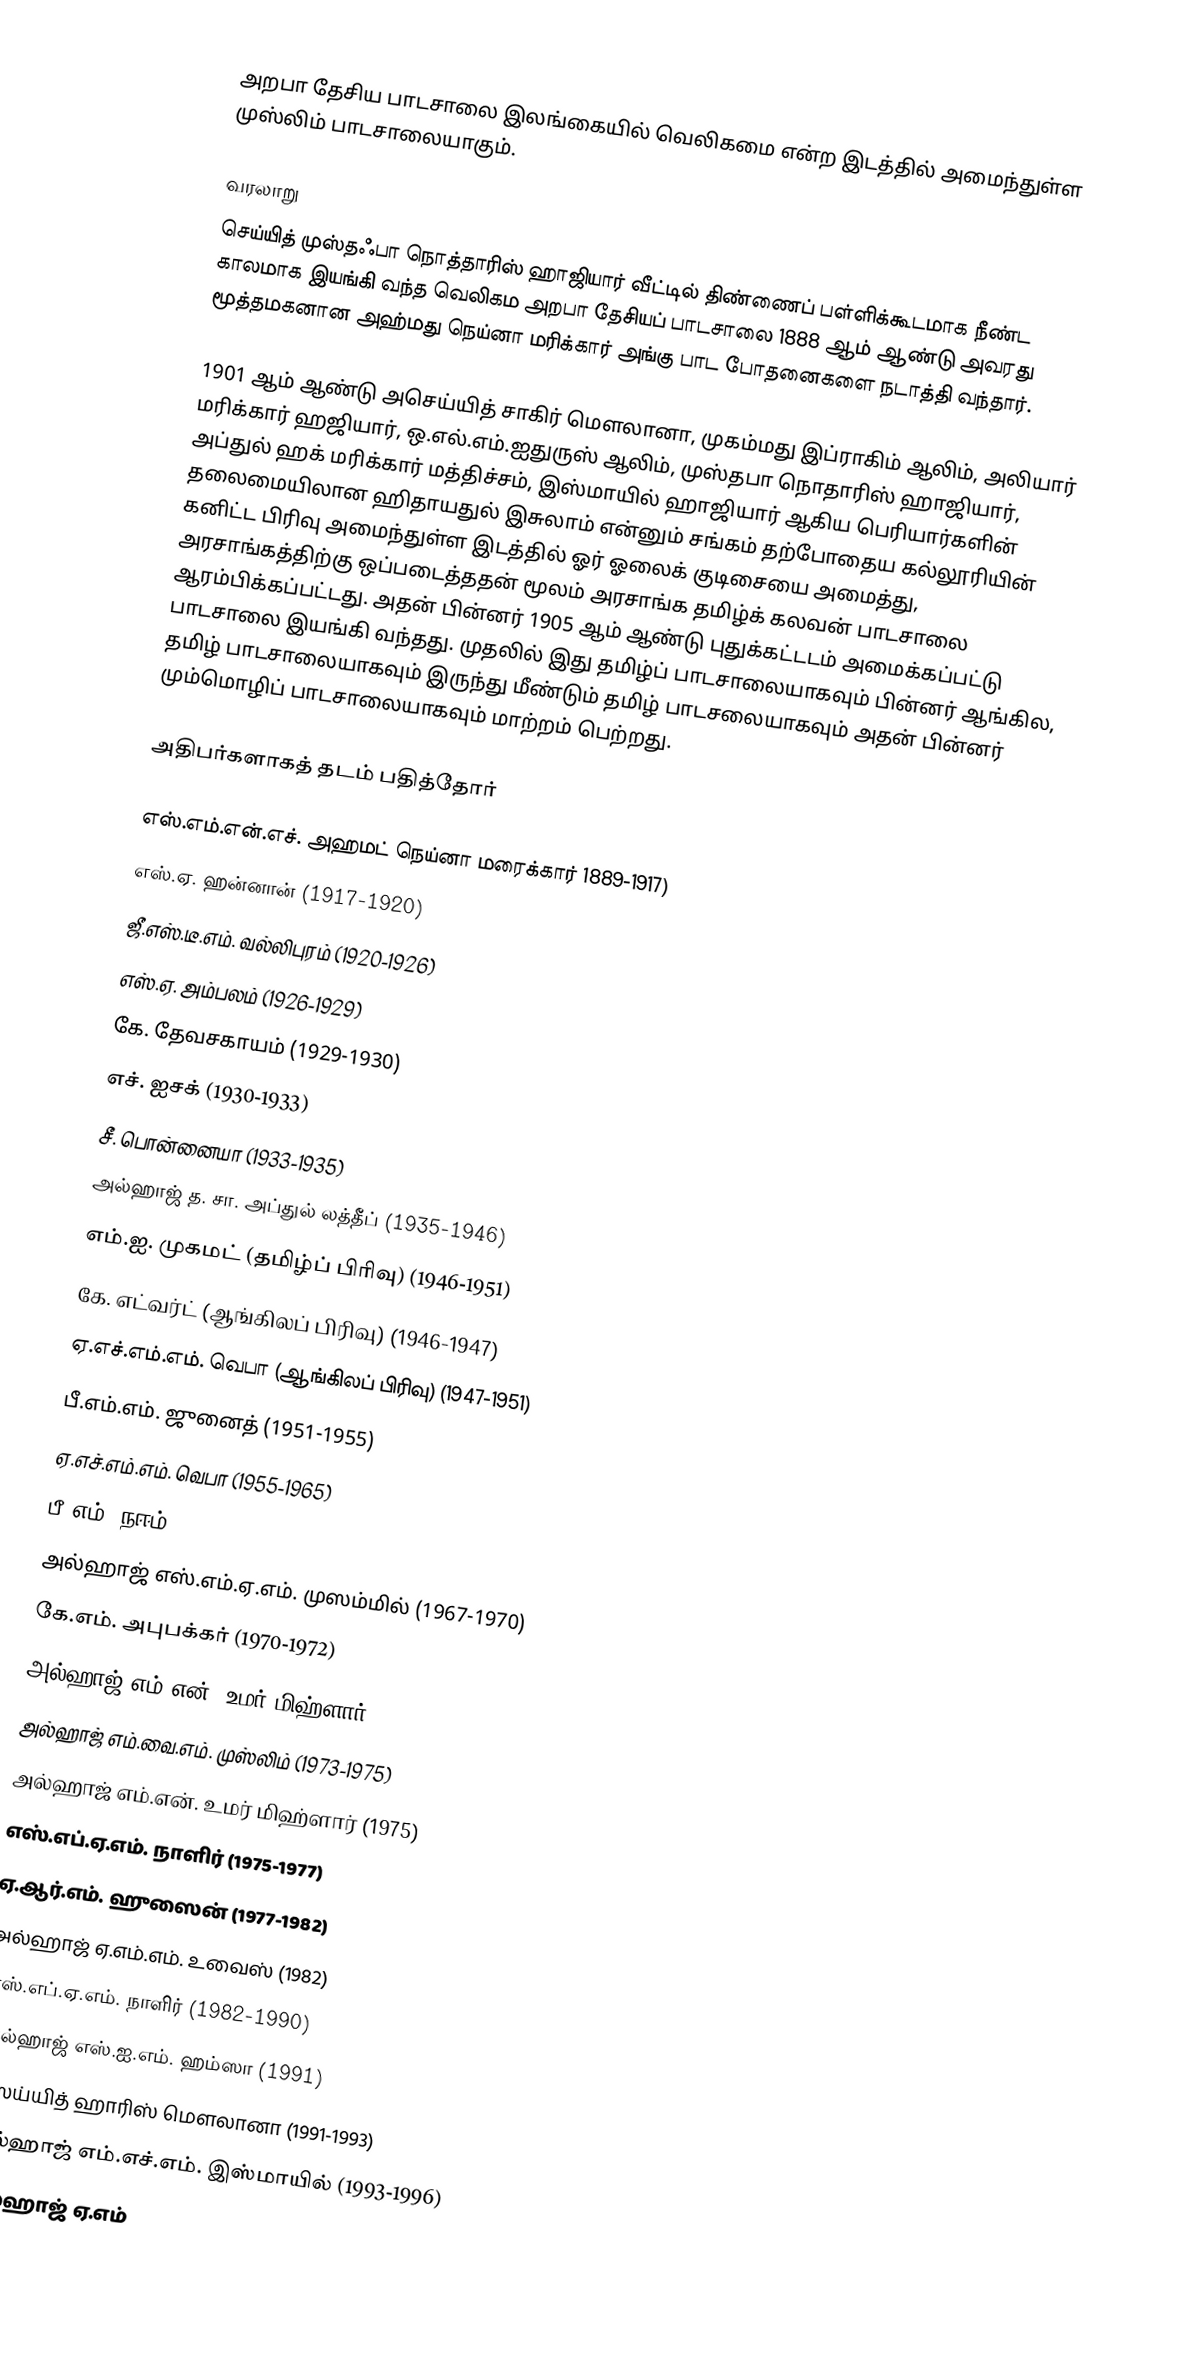
அறபா தேசிய பாடசாலை இலங்கையில் வெலிகமை என்ற இடத்தில் அமைந்துள்ள முஸ்லிம் பாடசாலையாகும்.

வரலாறு
செய்யித் முஸ்தஃபா நொத்தாரிஸ் ஹாஜியார் வீட்டில் திண்ணைப் பள்ளிக்கூடமாக நீண்ட காலமாக இயங்கி வந்த வெலிகம அறபா தேசியப் பாடசாலை 1888 ஆம் ஆண்டு அவரது மூத்தமகனான அஹ்மது நெய்னா மரிக்கார் அங்கு பாட போதனைகளை நடாத்தி வந்தார்.

1901 ஆம் ஆண்டு அசெய்யித் சாகிர் மௌலானா, முகம்மது இப்ராகிம் ஆலிம், அலியார் மரிக்கார் ஹஜியார், ஒ.எல்.எம்.ஐதுருஸ் ஆலிம், முஸ்தபா நொதாரிஸ் ஹாஜியார், அப்துல் ஹக் மரிக்கார் மத்திச்சம், இஸ்மாயில் ஹாஜியார் ஆகிய பெரியார்களின் தலைமையிலான ஹிதாயதுல் இசுலாம் என்னும் சங்கம் தற்போதைய கல்லூரியின்  கனிட்ட பிரிவு அமைந்துள்ள இடத்தில் ஓர் ஓலைக் குடிசையை அமைத்து, அரசாங்கத்திற்கு ஒப்படைத்ததன் மூலம் அரசாங்க தமிழ்க் கலவன் பாடசாலை ஆரம்பிக்கப்பட்டது. அதன் பின்னர் 1905 ஆம் ஆண்டு புதுக்கட்டடம் அமைக்கப்பட்டு பாடசாலை இயங்கி வந்தது. முதலில் இது தமிழ்ப் பாடசாலையாகவும் பின்னர் ஆங்கில, தமிழ் பாடசாலையாகவும் இருந்து மீண்டும் தமிழ் பாடசலையாகவும் அதன் பின்னர் மும்மொழிப் பாடசாலையாகவும் மாற்றம் பெற்றது.

அதிபர்களாகத் தடம் பதித்தோர்

 எஸ்.எம்.என்.எச். அஹமட் நெய்னா மரைக்கார் 1889-1917)
 எஸ்.ஏ. ஹன்னான் (1917-1920)
 ஜீ.எஸ்.டீ.எம். வல்லிபுரம் (1920-1926)
 எஸ்.ஏ. அம்பலம் (1926-1929)
 கே. தேவசகாயம் (1929-1930)
 எச். ஐசக் (1930-1933)
 சீ. பொன்னையா (1933-1935)
 அல்ஹாஜ் த. சா. அப்துல் லத்தீப் (1935-1946)
 எம்.ஐ. முகமட் (தமிழ்ப் பிரிவு) (1946-1951)
 கே. எட்வர்ட் (ஆங்கிலப் பிரிவு) (1946-1947)
 ஏ.எச்.எம்.எம். வெபா (ஆங்கிலப் பிரிவு) (1947-1951)
 பீ.எம்.எம். ஜுனைத் (1951-1955)
 ஏ.எச்.எம்.எம். வெபா (1955-1965)
 பீ.எம். நஈம் (1965-1967)
 அல்ஹாஜ் எஸ்.எம்.ஏ.எம். முஸம்மில் (1967-1970)
 கே.எம். அபுபக்கர் (1970-1972)
 அல்ஹாஜ் எம்.என். உமர் மிஹ்ளார் (1972-1972)
 அல்ஹாஜ் எம்.வை.எம். முஸ்லிம் (1973-1975)
 அல்ஹாஜ் எம்.என். உமர் மிஹ்ளார் (1975)
 எஸ்.எப்.ஏ.எம். நாளிர் (1975-1977)
 ஏ.ஆர்.எம். ஹுஸைன் (1977-1982)
 அல்ஹாஜ் ஏ.எம்.எம். உவைஸ் (1982)
 எஸ்.எப்.ஏ.எம். நாளிர் (1982-1990)
 அல்ஹாஜ் எஸ்.ஐ.எம். ஹம்ஸா (1991)
 ஸெய்யித் ஹாரிஸ் மௌலானா (1991-1993)
 அல்ஹாஜ் எம்.எச்.எம். இஸ்மாயில் (1993-1996)
 அல்ஹாஜ் ஏ.எம்